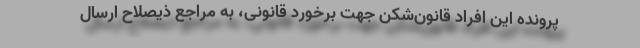
پرونده این افراد قانون‌شکن جهت برخورد قانونی، به مراجع ذیصلاح ارسال